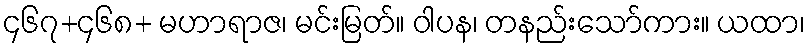
၄၆၇+၄၆၈+ မဟာရာဇ၊ မင်းမြတ်။ ဝါပန၊ တနည်းသော်ကား။ ယထာ၊